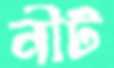
নীট